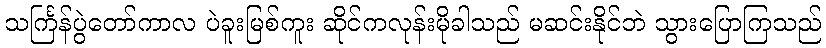
သင်္ကြန်ပွဲတော်ကာလ ပဲခူးမြစ်ကူး ဆိုင်ကလုန်းမိုခါသည် မဆင်းနိုင်ဘဲ သွားပြောကြသည်